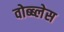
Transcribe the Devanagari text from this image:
वोब्ब्लेस